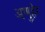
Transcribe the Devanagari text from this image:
अणुहेर